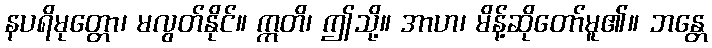
နပရိမုတ္တော၊ မလွတ်နိုင်။ ဣတိ၊ ဤသို့။ အာဟ၊ မိန့်ဆိုတော်မူ၏။ ဘန္တေ